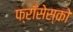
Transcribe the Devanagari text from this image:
फ्राँसेस्को